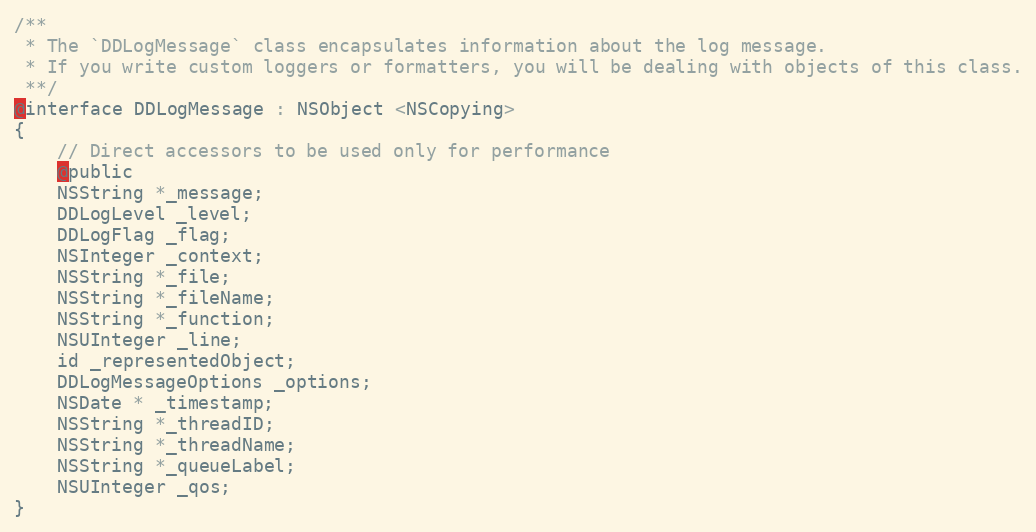
Language: C
/**
 * The `DDLogMessage` class encapsulates information about the log message.
 * If you write custom loggers or formatters, you will be dealing with objects of this class.
 **/
@interface DDLogMessage : NSObject <NSCopying>
{
    // Direct accessors to be used only for performance
    @public
    NSString *_message;
    DDLogLevel _level;
    DDLogFlag _flag;
    NSInteger _context;
    NSString *_file;
    NSString *_fileName;
    NSString *_function;
    NSUInteger _line;
    id _representedObject;
    DDLogMessageOptions _options;
    NSDate * _timestamp;
    NSString *_threadID;
    NSString *_threadName;
    NSString *_queueLabel;
    NSUInteger _qos;
}